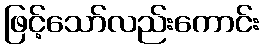
ဖြင့်သော်လည်းကောင်း